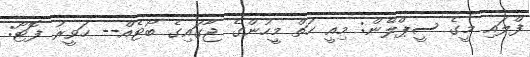
ފްލައި މީގެ ސީޕްލޭން: މިއީ ހަތް މީހުންގެ ޖާގައިގެ ބޯޓެއް-- ހަވީރު ފޮޓޯ: